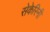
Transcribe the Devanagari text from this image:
सेकेरिनी